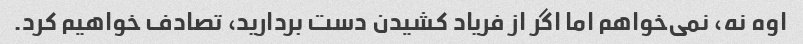
اوه نه، نمی‌خواهم اما اگر از فریاد کشیدن دست بردارید، تصادف خواهیم کرد.